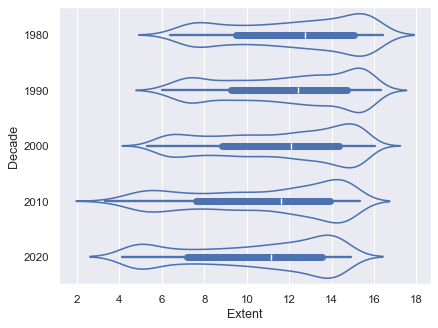
python, seaborn, violinplot